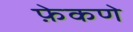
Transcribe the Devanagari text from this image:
फ़ेकणे